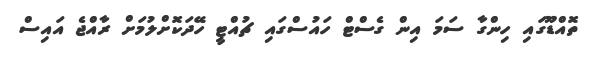
ތޮއްޑޫގައި ހިންގާ ސަމަ އިން ގެސްޓް ހައުސްގައި ޗުއްޓީ ހޭދަކޮށްލުމަށް ރާއްޖެ އައިސް